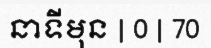
នាទីមុន | 0 | 70